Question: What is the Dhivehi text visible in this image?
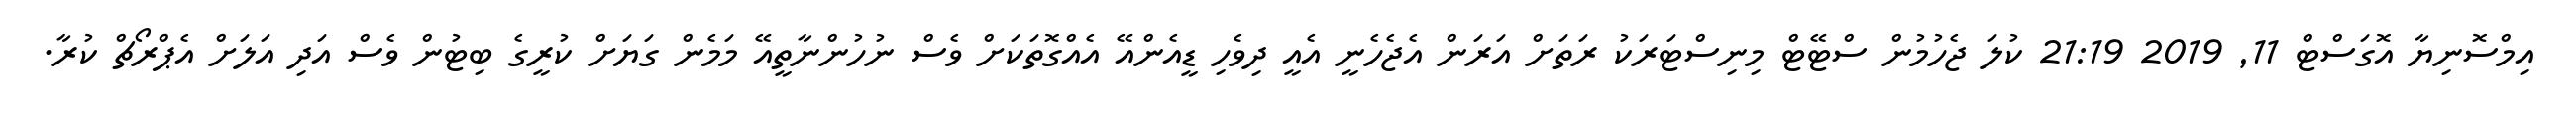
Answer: އިމްސޮނިޔާ އޮގަސްޓް 11, 2019 21:19 ކުލަ ޖެހުމުން ސްޓޭޓް މިނިސްޓަރަކު ރަތަށް އަރަން އެޖެހެނީ އެއީ ދިވެހި ޑީއެންއޭ އެއްގޮތަކަށް ވެސް ނުހުންނާތީއޭ މަމެން ގަޔަށް ކުރީގެ ބިޓުން ވެސް އަދި އަލަށް އެޕްރޯޗް ކުރާ.